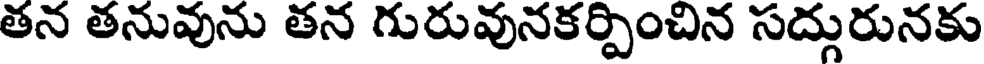
తన తనువును తన గురువునకర్పించిన సద్గురునకు